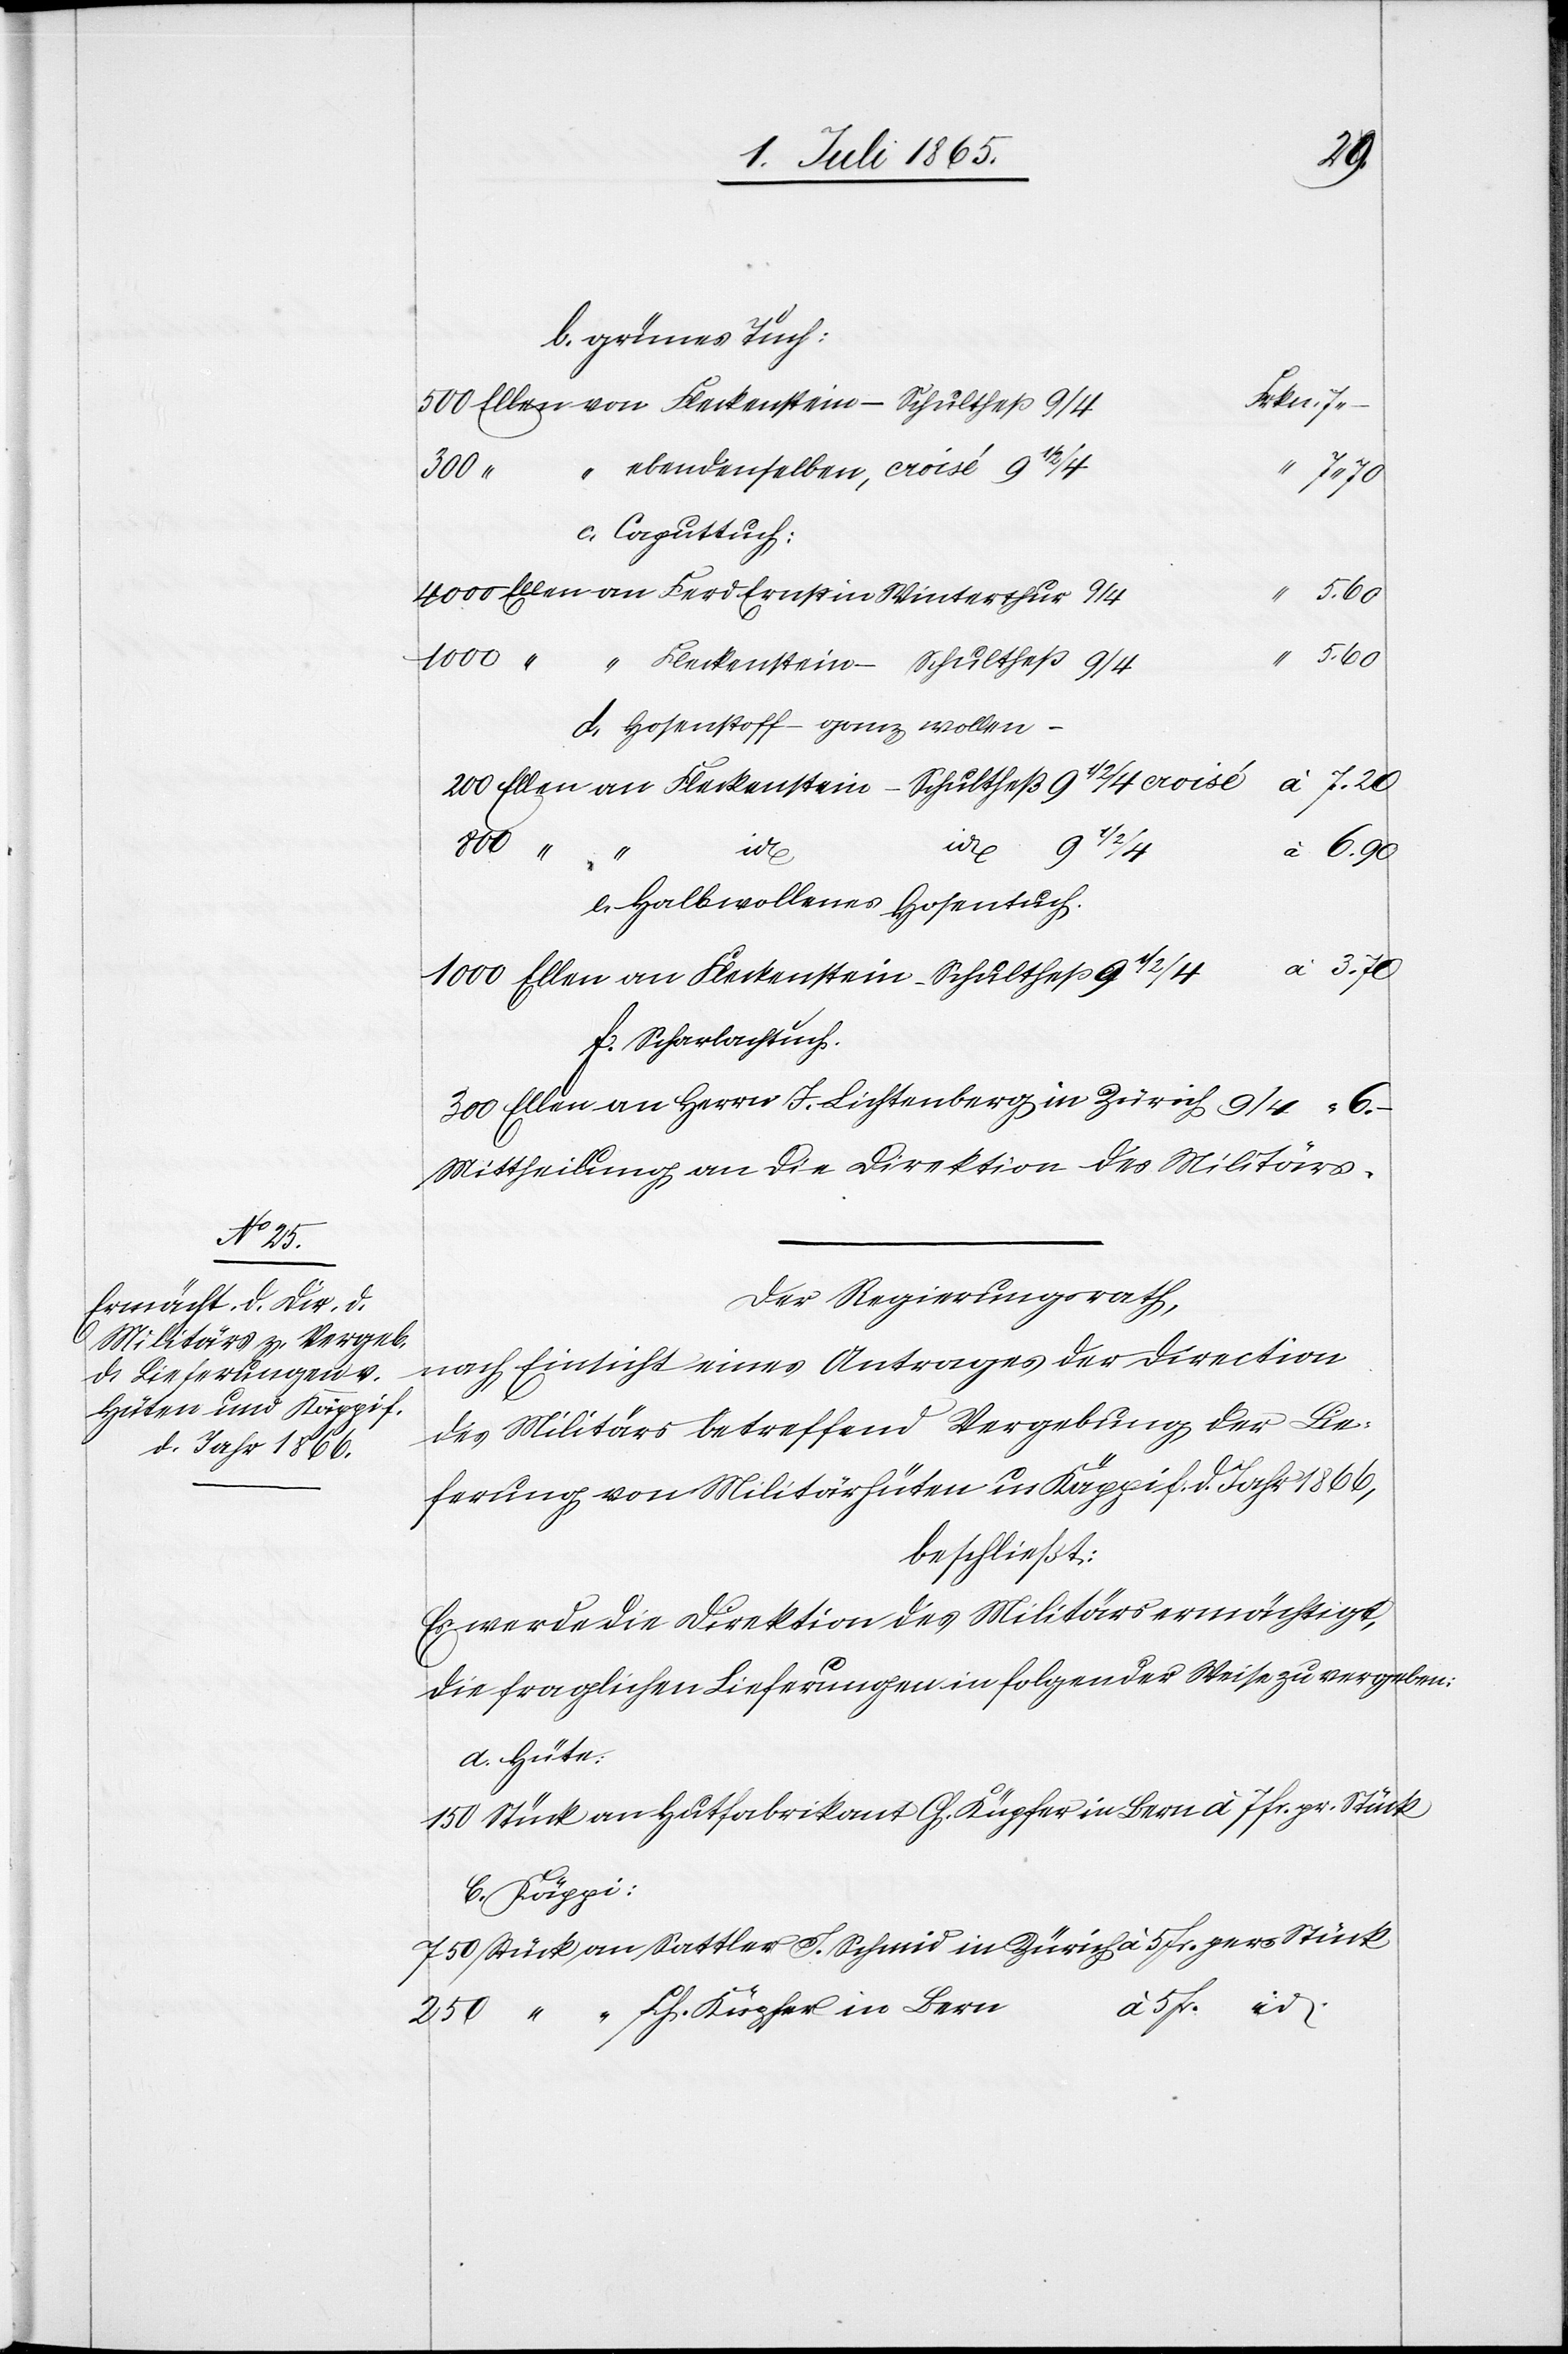
b. grünes Tuch:
200 Ellen an Fleckenstein-Schultheß	91/2/4
Fer¬
d. Ernst
c. Caputtuch:
5.60
“
1000 “
d. Hosenstoff – ganz wollen
in
an
800 “ “
7.20
e. Halbwollenes Hosentuch.
1000 Ellen an Fleckenstein-Schultheß	91/2/4				à 3.70
f. Scharlachtuch.
300 Ellen an Herrn J. Lichtenberg in Zürich	9/4					“
Mittheilung an die Direktion des Militärs.
Der Regierungsrath,
nach Einsicht eines Antrages der Direction
des Militärs betreffend Vergebung der Lie¬
ferung von Militärhüten u. Käppi f. d. Jahr 1866,
beschließt:
Es werde die Direktion des Militärs ermächtigt,
die fraglichen Lieferungen in folgender Weise zu vergeben:
a. Hüte:
150 Stück an Hutfabrikatn Ch. Küpfer in Bern à 7 fr. pr. Stück
b. Käppi:
750 Stück an Sattler S. Schmid in Zürich à 5 fr. per Stück
5 fr. id.
250 “ “ Hch. Küpfer in Bern